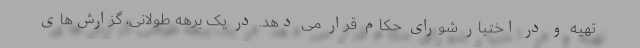
تهیه و در اختیار شورای حکام قرار می دهد. در یک برهه طولانی، گزارش‌های